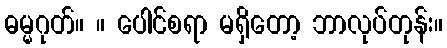
ဓမ္မဂုတ်။ ။ ပေါင်စရာ မရှိတော့ ဘာလုပ်တုန်း။